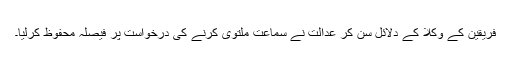
فریقین کے وکلا کے دلائل سن کر عدالت نے سماعت ملتوی کرنے کی درخواست پر فیصلہ محفوظ کرلیا۔